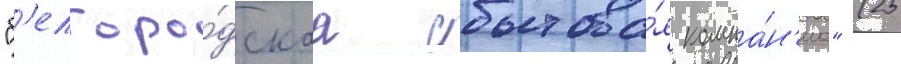
"б'елгоро́дскаа сбытова́я компа́н'иа" (25